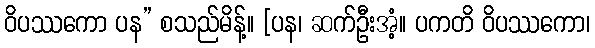
ဝိပဿကော ပန” စသည်မိန့်။ [ပန၊ ဆက်ဦးအံ့။ ပကတိ ဝိပဿကော၊